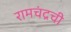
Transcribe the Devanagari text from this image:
रामचंद्रची